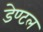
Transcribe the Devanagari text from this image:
डेण्टल